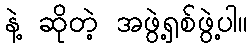
နဲ့ ဆိုတဲ့ အဖွဲ့ရှစ်ဖွဲ့ပါ။